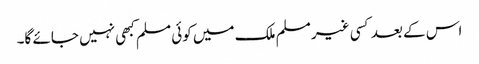
اس کے بعد کسی غیر مسلم ملک میں کوئی مسلم کبھی نہیں جائے گا۔